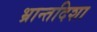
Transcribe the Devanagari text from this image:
भ्रान्तदिशा